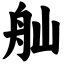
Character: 舢